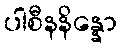
ပါစီနနိန္နော